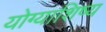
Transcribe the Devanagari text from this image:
योग्याशिष्य